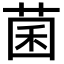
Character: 菌